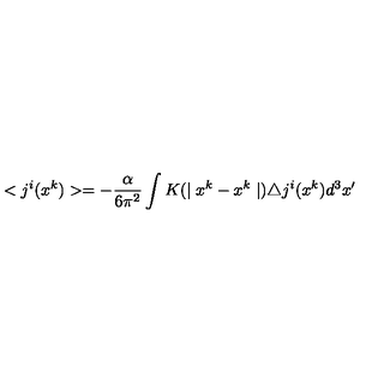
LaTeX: < j ^ { i } ( x ^ { k } ) > = - \frac { \alpha } { 6 \pi ^ { 2 } } \int K ( \mid x ^ { k } - x ^ { k } \mid ) \triangle j ^ { i } ( x ^ { k } ) d ^ { 3 } x ^ { \prime }